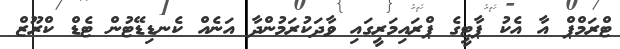
ޓްރަމްޕް އާ އެކު ޕާޓީގެ ޕްރައިމަރީގައި ވާދަކުރަމުންދާ އަނެއް ކެނޑިޑޭޓުން ޓެޑް ކްރޫޒް